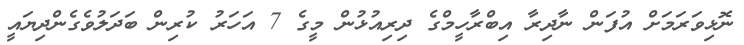
ނޮޅިވަރަމަށް އުފަން ނާދިރާ އިބްރާހީމްގެ ދިރިއުޅުން މީގެ 7 އަހަރު ކުރިން ބަދަލުވެގެންދިޔައީ